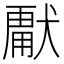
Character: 𭸣